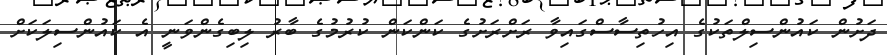
ދަށުން ކައުންސިލްތަކުގެ އިހުތިސާސްގައިވާ ރަށްރަށުގެ ކަންކަން ކުރުމުގެ ބާރު ލިބިގެންވަނީ އެ ކައުންސިލަކަށް